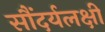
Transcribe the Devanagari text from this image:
सौंदर्यलक्षी